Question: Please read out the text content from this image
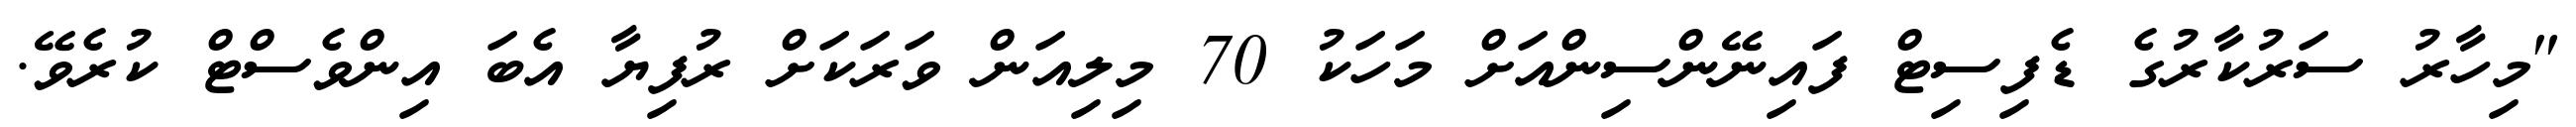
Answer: "މިހާރު ސަރުކާރުގެ ޑެފިސިޓް ފައިނޭންސިންއަށް މަހަކު 70 މިލިއަން ވަރަކަށް ރުފިޔާ އެބަ އިންވެސްޓް ކުރެވޭ.